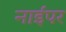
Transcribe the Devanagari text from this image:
नाईपर